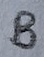
Text: B